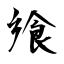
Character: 飨